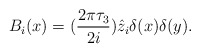
\begin{align*}B_i(x)=(\frac{2\pi \tau_3}{2i})\hat{z}_i\delta (x)\delta (y).\end{align*}